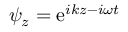
\begin{array} { r } { \psi _ { z } = \mathrm { e } ^ { i k z - i \omega t } } \end{array}